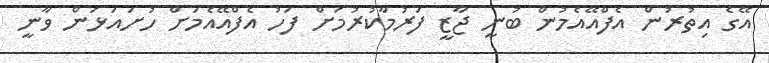
އޭގެ އިތުރުން އެފްއޭއެމުން ބުނީ ޖާޒީ ފަރުމާކުރުމަށް ފަހު އެފްއޭއެމަށް ހުށައަޅަން ވާނީ